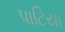
પાટિયા